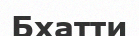
Бхатти